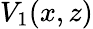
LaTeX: V_{1}(x,z)